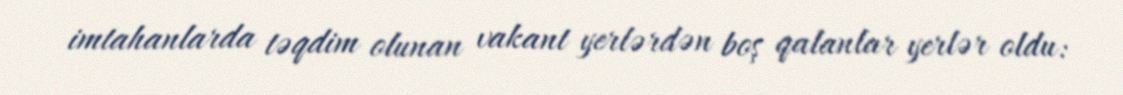
imtahanlarda təqdim olunan vakant yerlərdən boş qalanlar yerlər oldu: